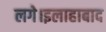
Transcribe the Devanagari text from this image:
लगे।इलाहाबाद